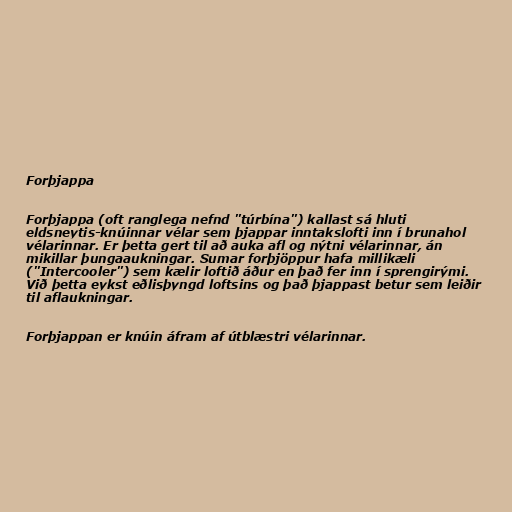
Forþjappa

Forþjappa (oft ranglega nefnd "túrbína") kallast sá hluti
eldsneytis-knúinnar vélar sem þjappar inntakslofti inn í brunahol
vélarinnar. Er þetta gert til að auka afl og nýtni vélarinnar, án
mikillar þungaaukningar. Sumar forþjöppur hafa millikæli
("Intercooler") sem kælir loftið áður en það fer inn í sprengirými.
Við þetta eykst eðlisþyngd loftsins og það þjappast betur sem leiðir
til aflaukningar.

Forþjappan er knúin áfram af útblæstri vélarinnar.